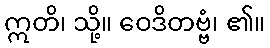
ဣတိ၊ သို့။ ဝေဒိတဗ္ဗံ၊ ၏။